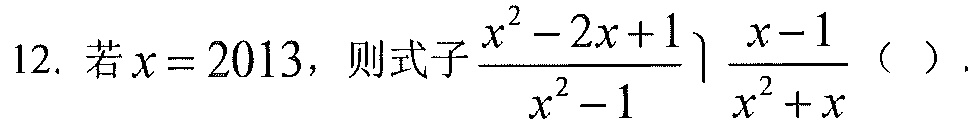
12. 若\(x = 2013\)，则式子\(\frac{x^{2}-2x + 1}{x^{2}-1}\big)\frac{x - 1}{x^{2}+x}\)（  ）.